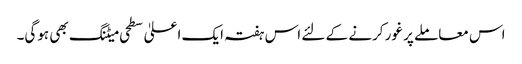
اس معاملے پر غور کرنے کے لئے اس ہفتہ ایک اعلیٰ سطحی میٹنگ بھی ہوگی۔